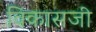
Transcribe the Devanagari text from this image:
विकासजी